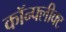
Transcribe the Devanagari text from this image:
कॉन्फ्लीक्ट